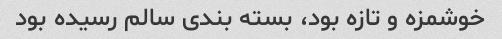
خوشمزه و تازه بود، بسته بندی سالم رسیده بود